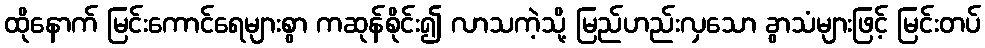
ထိုနောက် မြင်းကောင်ရေများစွာ ကဆုန်စိုင်း၍ လာသကဲ့သို့ မြည်ဟည်းလှသော ခွာသံများဖြင့် မြင်းတပ်